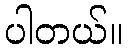
ပါတယ်။